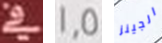
في 1.5 الجينز